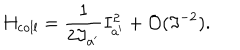
H _ { \mathrm { c o l l } } = \frac { 1 } { 2 \Im _ { a ^ { \prime } } } I _ { a ^ { \prime } } ^ { 2 } + { \cal O } ( \Im ^ { - 2 } ) .